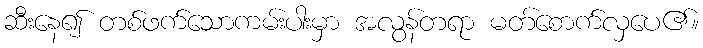
ဆီးနေ၍ တစ်ဖက်သောကမ်းပါးမှာ အလွန်တရာ မတ်စောက်လှပေ၏။